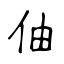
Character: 伷